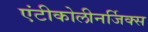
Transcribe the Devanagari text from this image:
एंटीकोलीनर्जिक्स